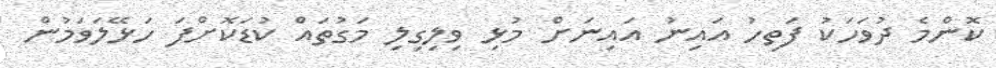
ކޮންމެ ދުވަހަކު ފަތިހު އައިނު އައިނަށް މުޅި ވިލިގިލި މަގުތައް ކުޑަކޮށްފަ ހަޅޭލަވަމުން